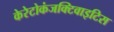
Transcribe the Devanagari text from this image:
केरेटोकंजक्टिवाइटिस